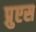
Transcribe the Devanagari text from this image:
प्रुएस